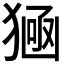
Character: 𤠀